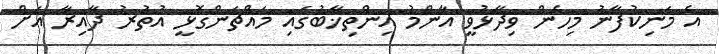
އެ މަނިކުފާނު މިހެން ވިދާޅުވީ އާންމު އިންތިޚާބުގައި މައްޗަންގޮޅީ އުތުރު ދާއިރާ އަށް